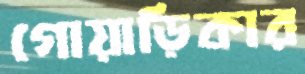
গোয়াড়িকার